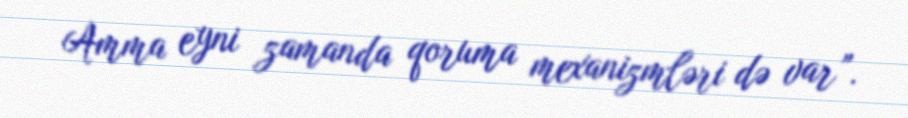
Amma eyni zamanda qoruma mexanizmləri də var”.